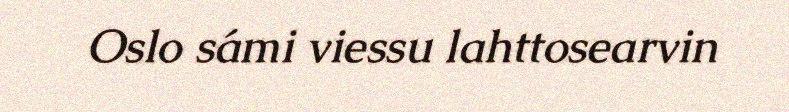
Oslo sámi viessu lahttosearvin